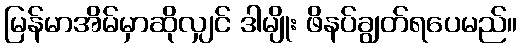
မြန်မာအိမ်မှာဆိုလျှင် ဒါမျိုး ဖိနပ်ချွတ်ရပေမည်။